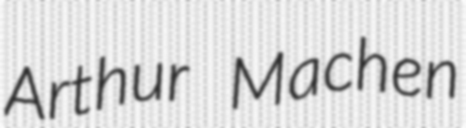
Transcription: Arthur Machen